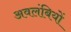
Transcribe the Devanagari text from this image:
अवलंबियों